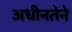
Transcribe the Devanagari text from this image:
अधीनतेने